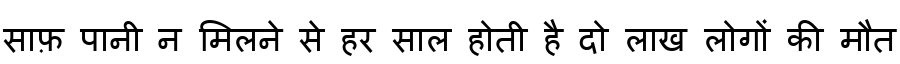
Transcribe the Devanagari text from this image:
साफ़ पानी न मिलने से हर साल होती है दो लाख लोगों की मौत